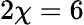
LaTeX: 2\chi=6